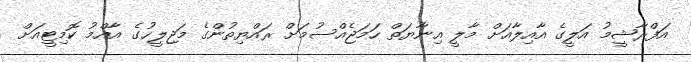
އަފްރާޝީމު އަލީގެ އާއިލާއަށް މާލީ އިނާޔަތް ހަމަޖެއްސުމަށް ރައްޔިތުންގެ މަޖިލީހުގެ އާއްމު ކޮމިޓީއަށް